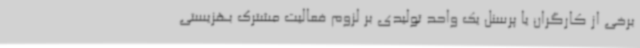
برخی از کارگران یا پرسنل یک واحد تولیدی بر لزوم فعالیت مشترک بهزیستی